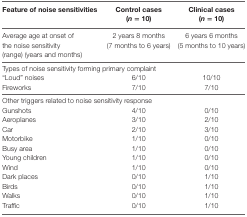
| Feature of noise sensitivities | Control cases (n = 10) | Clinical cases (n = 10) |
 | --- | --- | --- |
 | Average age at onset of the noise sensitivity (range) (years and months) | 2 years 8 months (7 months to 6 years) | 6 years 6 months (5 months to 10 years) |
 | <COLSPAN=3> Types of noise sensitivity forming primary complaint |
 | “Loud” noises | 6/10 | 10/10 |
 | Fireworks | 7/10 | 7/10 |
 | <COLSPAN=3> Other triggers related to noise sensitivity response |
 | Gunshots | 4/10 | 0/10 |
 | Aeroplanes | 3/10 | 2/10 |
 | Car | 2/10 | 3/10 |
 | Motorbike | 1/10 | 0/10 |
 | Busy area | 1/10 | 0/10 |
 | Young children | 1/10 | 0/10 |
 | Wind | 1/10 | 0/10 |
 | Dark places | 0/10 | 1/10 |
 | Birds | 0/10 | 1/10 |
 | Walks | 0/10 | 1/10 |
 | Traffic | 0/10 | 1/10 |